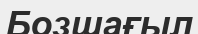
Бозшағыл